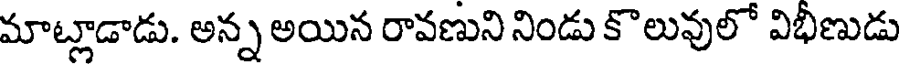
మాట్లాడాడు. అన్న అయిన రావణుని నిండు కొలువులో విభీణుడు